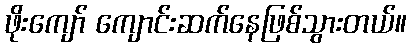
ဖိုးကျော် ကျောင်းဆက်နေဖြစ်သွားတယ်။